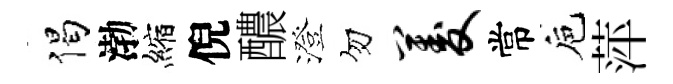
偈渤縮倪醲澄勿菱常巵萍